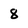
Character: 8